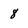
Character: 8